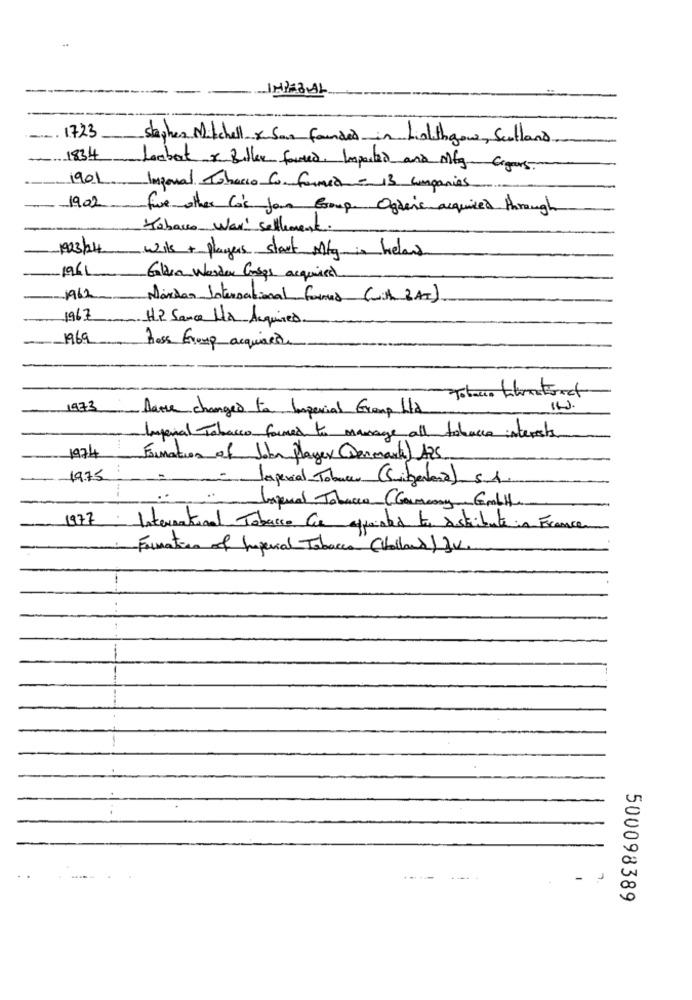
-
-. 1723
stephen Mitchell San founded in Linlithgow, Scotland
1834
Laabert & Billar forced. Imported and Mtg Cigars
1901
Ingonal Tobacco 6. formed - 13 companies
1902
fue other Co's your Group. Ogdens acquired through
Tabacco War' sellement.
1923/24 wils + players start Mtg: helans
1961 Gita worder Cases acquises
1962
Mordan International forma (with 2AT)
1967 HP Sauce La Acquired
1969
hoss Group acquisto
Tobacco Librostreet
1973
Aarse changes to Imperial Group Ltd
Ingenal Tobacco formes to manage all tobacco interests
1974
Formation of John player (Denmark) A25
19.75
-
lagenial Tobacco (Suitgentena). 5.1.
Isqual Tobacco (Germany Gmbh
1977
.
International Tobacco be appointed te istribute in France
Formation of Imperial Tobacco"(Volland) }V.
500098389